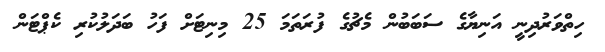
ހިތްވަރުދިނީ އަނިޔާގެ ސަބަބުން މެޗުގެ ފުރަތަމަ 25 މިނިޓަށް ފަހު ބަދަލުކުރި ކެޕްޓަން